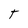
Character: T